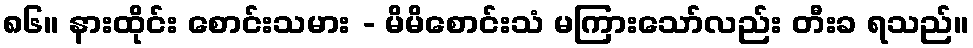
၈၆။ နားထိုင်း စောင်းသမား - မိမိစောင်းသံ မကြားသော်လည်း တီးခ ရသည်။